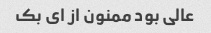
عالی بود ممنون از ای بک